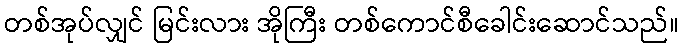
တစ်အုပ်လျှင် မြင်းလား အိုကြီး တစ်ကောင်စီခေါင်းဆောင်သည်။